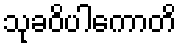
သုခဝိပါကောတိ